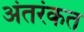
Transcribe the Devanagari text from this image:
अंतरंकत